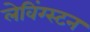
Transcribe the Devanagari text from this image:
लेविंग्स्टन